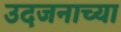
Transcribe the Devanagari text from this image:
उदजनाच्या